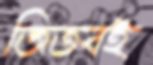
জিতবই